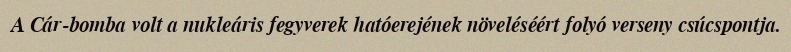
A Cár-bomba volt a nukleáris fegyverek hatóerejének növeléséért folyó verseny csúcspontja.